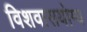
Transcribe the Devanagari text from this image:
विशवासयोग्य